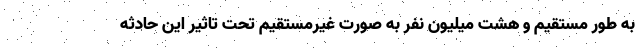
به طور مستقیم و هشت میلیون نفر به صورت غیرمستقیم تحت تاثیر این حادثه